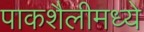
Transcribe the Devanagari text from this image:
पाकशैलीमध्ये